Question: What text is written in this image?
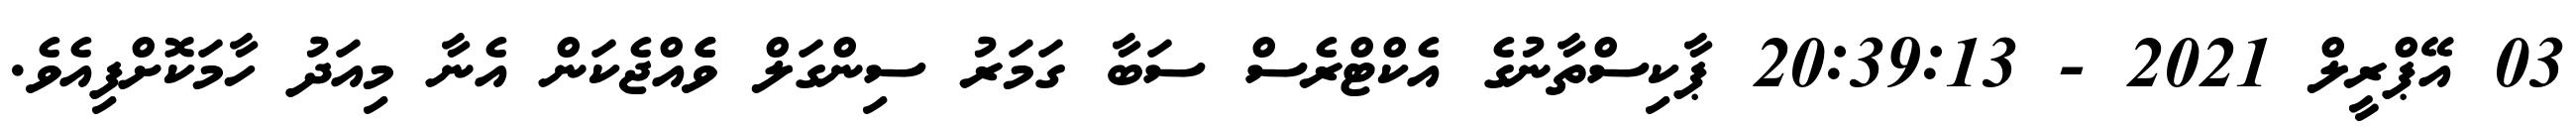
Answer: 03 އޭޕްރީލް 2021 - 20:39:13 ޕާކިސްތާނުގެ އެކްޓްރެސް ސަބާ ގަމަރު ސިންގަލް ވެެއްޖެކަން އެނާ މިއަދު ހާމަކޮށްފިއެވެ.